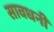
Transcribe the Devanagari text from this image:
सावधनी